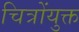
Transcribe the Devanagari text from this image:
चित्रोंयुक्त